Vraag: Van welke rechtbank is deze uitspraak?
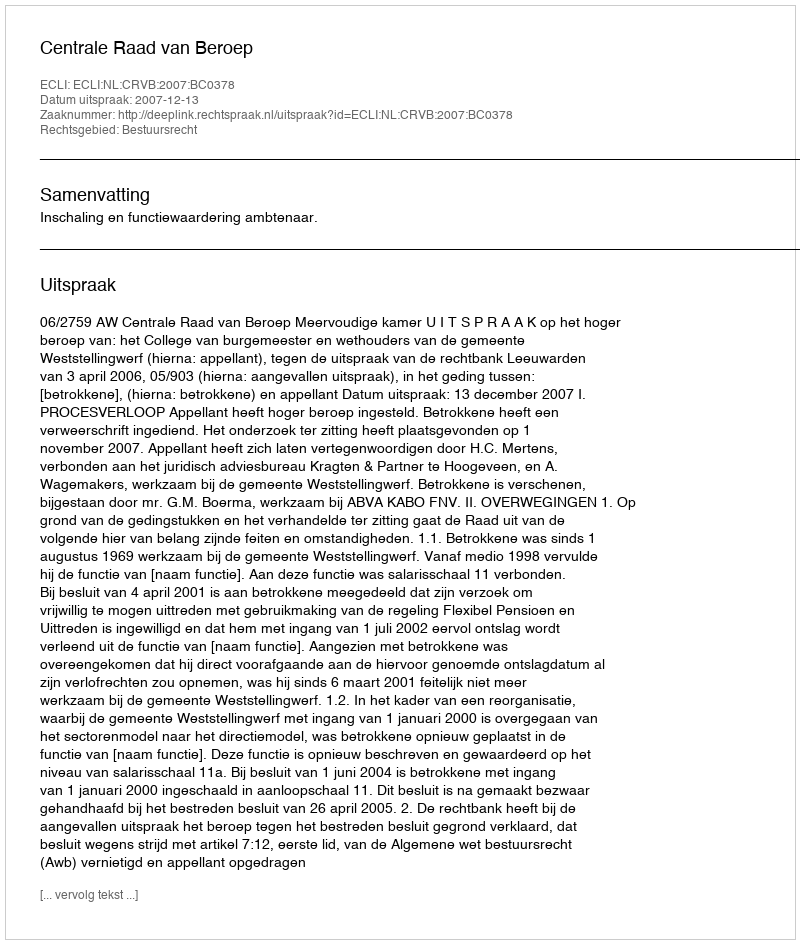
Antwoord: Centrale Raad van Beroep